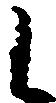
候